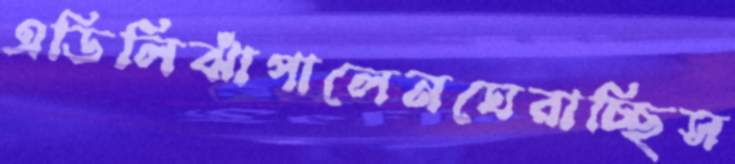
এডিলিঝাঁপালেনঘেরাচ্ছিস